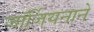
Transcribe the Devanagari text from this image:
जॉर्जियनाने